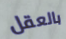
بالعقل